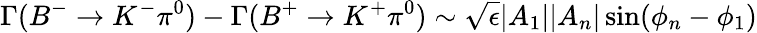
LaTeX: \Gamma(B^{-}\to K^{-}\pi^{0})-\Gamma(B^{+}\to K^{+}\pi^{0})\sim\sqrt{\epsilon}|A_{1}||A_{n}|\sin(\phi_{n}-\phi_{1})